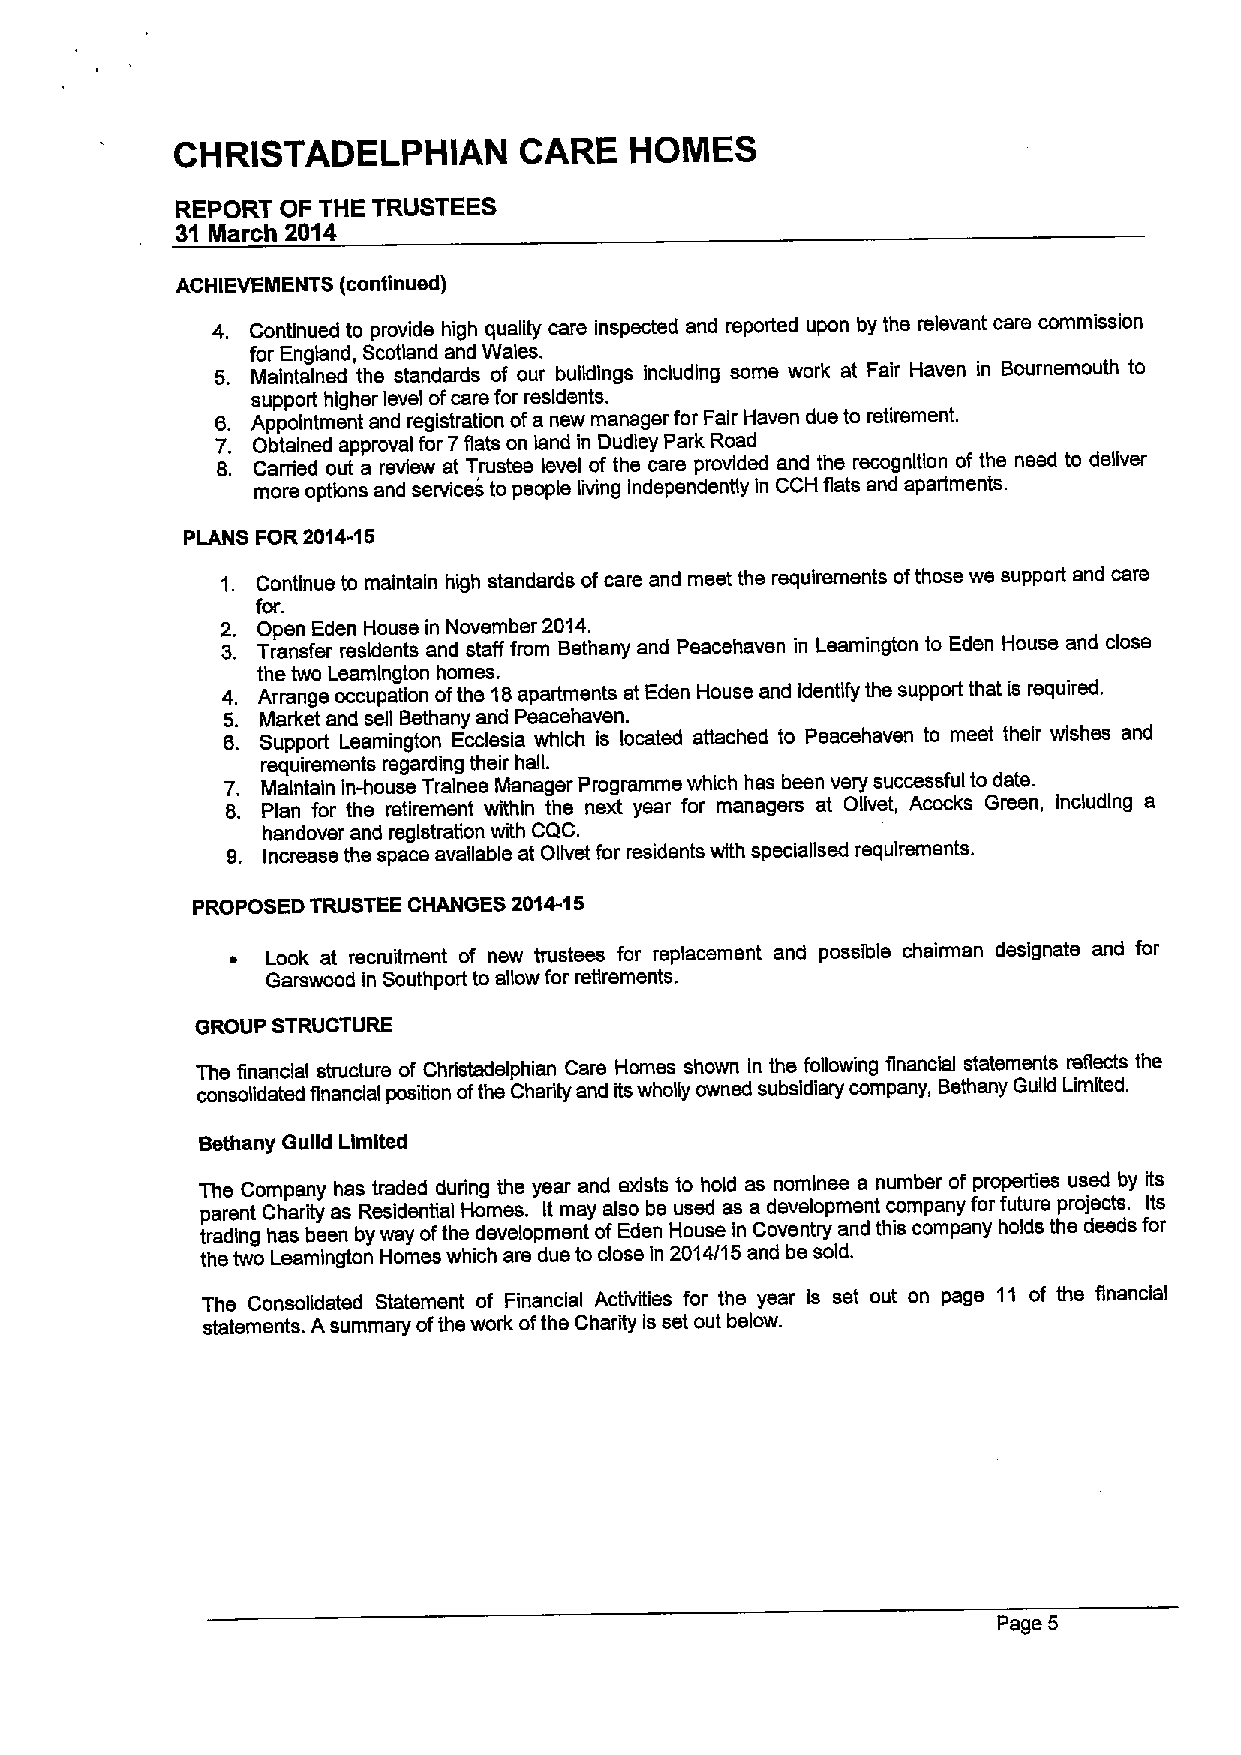
CHRISTADELPHIAN       CARE    HOMES
 REPORT OF THE TRUSTEES
 31 March 2014
 ACHIEVEIIENTS (continued)
 4. Continued to provide high quality care inspected and reported upon by the relevant care commission
 for England, Scotland and Wales.
 5. Maintained the standards of our buildings Including some work at Fair Haven in Bournemouth to
 support higher level ofcare for residents.
 8. Appointment and registration ofa new manager for Fair Haven due to retirement.
 7. Obtained approval for 7flats on land in Dudley Park Road
 8. Carried out a review at Trustee level of the care provided and the recognition of the need to deliver
 more options and services to people living independently in CCH flats and apartments.
 PLANS FOR2014-16
 1. Continue to maintain high standards ofcare and meet the requirements ofthose we support and cars
 for.
 2. Open Eden House in November 2014.
 3. Transfer reskkints and staff from Bethany and Peacehaven in Leamington to Eden House and close
 the two Leamlngton homes.
 4. Arrange occupation ofthe 18apartments at Eden House and Identify the support that is required.
 5. Market and sell Bethany and Peacehaven.
 8. Support Leamington Ecclesia which is located attached to Peacehaven to meet their wishes and
 requirements regarding their hall.
 7. Maintain in-house Trainee Manager Programme which has been very successful to date.
 8. Plan for the retirement within the next year for managers at Ollvet, Acocks Green, Including a
 handover and registration with CQC.
 9. Increase the space available at Ollvet for residents with speciallsed requirements.
 PROPOSED TRUSTEE CHANGES 2014-15
 ~  Look at recruitment of new trustees for replacement and possible chairman designate and for
 Garswood in Southport to allow for retirements.
 GROUP STRUCTURE
 The financial structure of Chrlstadelphian Care Homes shown In the following flnanchl statements reflects the
 consolidated financial position ofthe Charity and itswholly owned subsidiary company, Bsthany Guild Limited.
 Bsthany Guild Limited
 The Company has traded during the year and exists to hold as nominee a number of properties used by its
 parent Charity as Residential Homes. It may also be used as a development company for future projects. Its
 trading has been by way ofthe development ofEden House in Coventry and this company holds the deeds for
 the two Leamlngton Homes which are due to close In 2014/15and be sold.
 The Consolidated Statement of Financial Activities for the year Is set out on page 11 of the financial
 statements. Asummary ofthe work ofthe Charity is set out below.
 Page 5